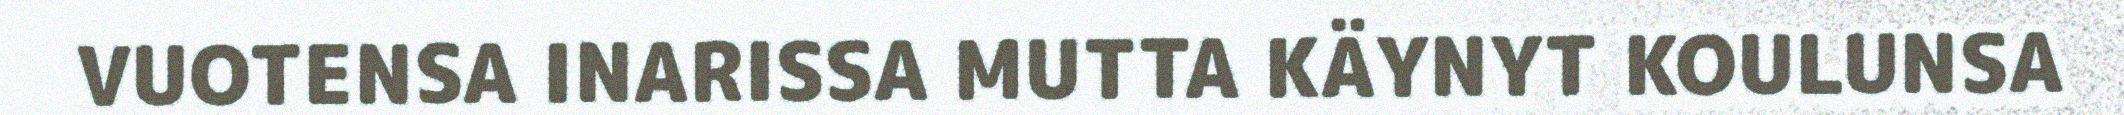
VUOTENSA INARISSA MUTTA KÄYNYT KOULUNSA